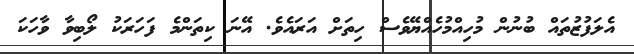
އެލަފުޒުތައް ބުނުން މުހިއްމުހެއްޔޭވެސް ހިތަށް އަރައެވެ. އޭނަ ކިތަންމެ ފަހަރަކު ލޯބިވާ ވާހަކަ